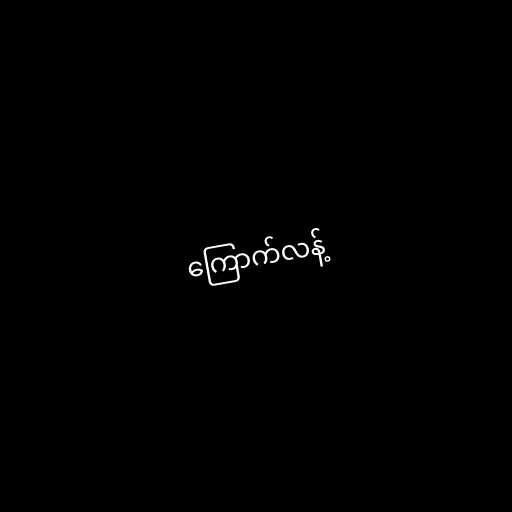
ကြောက်လန့်